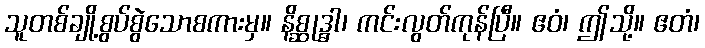
သူတစ်ချို့စွပ်စွဲသောစကားမှ။ နိစ္ဆုဒ္ဓါ၊ ကင်းလွတ်ကုန်ပြီ။ ဧဝံ၊ ဤသို့။ ဧတံ၊